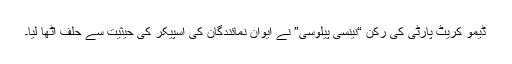
ڈیمو کریٹ پارٹی کی رکن “نینسی پیلوسی” نے ایوان نمائندگان کی اسپیکر کی حیثیت سے حلف اٹھا لیا۔